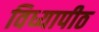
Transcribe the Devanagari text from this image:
विध्यापीठ